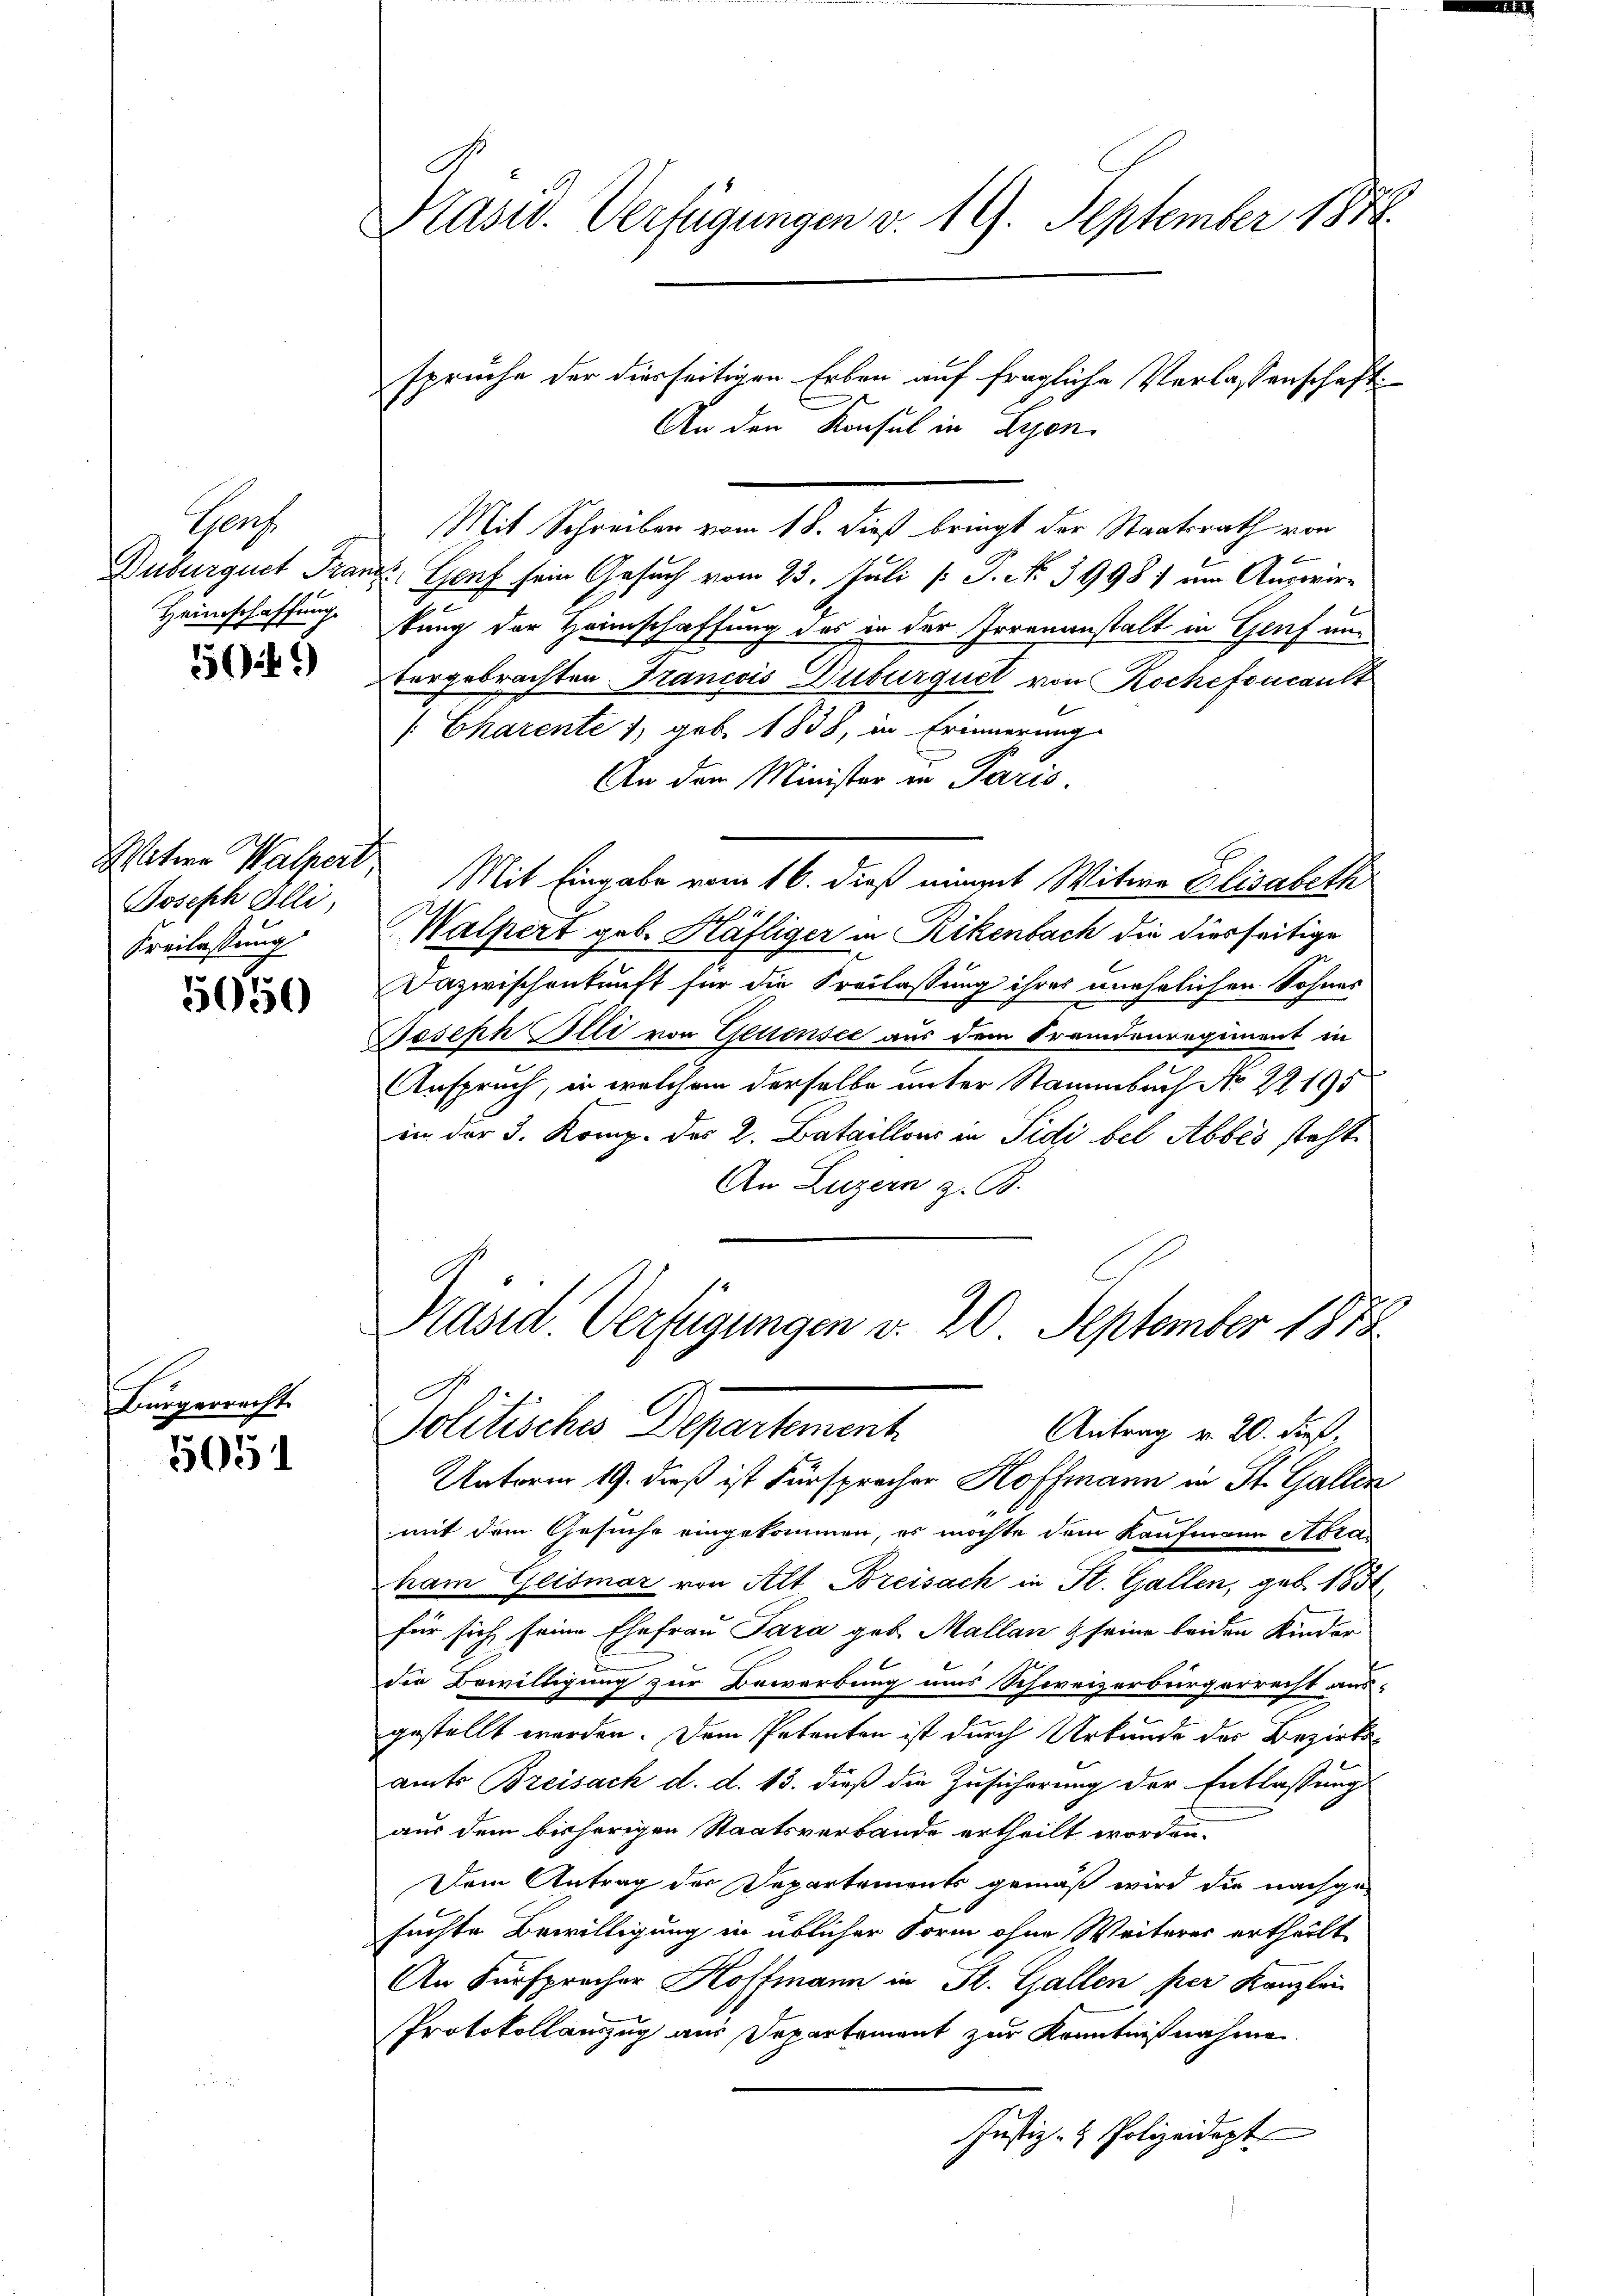
Gerz
Duburguet Fra
Heimschaffung.

509

Mitere Walpert
Joseph Illi,
Freilassung

5050

Bürgerrecht.

5051

Präsid. Verfügungen v. 19. September 1874.

spruche der diesseitigen Erben auf fragliche Verlassenschaft
An den Konsul in Lyon
Mit Schreiben vom 18. dieß bringt der Staatsrath von
 Genf sein Gesuch vom 23. Juli [ P. No. 3998) am Auswirtung der Hannschaffung des in der Irrenanstalt in Genf untergebrachten Francois Duburquet von Rochefoncant
[Charente 1, geb. 1838, in Erinnerung
An dem Minister in Paris
Mit Eingabe vom 16. dieß nimmt Witwe Elisabeth
Walpert geb. Häfliger in Rikenbach die diesseitige
Dazwischenkunft für die Freilassung ihres unehelichen Sohnes
Joseph Illi von Gestensee aus dem Fremdenregiment in
Anspruch, in welchem derselbe unter Stammbach No 22195
in der 3. Komp. des 2. Bataillons in Sidi bel Abbes steht.
An Luzern z. B.
Präsid Verfügungen v. 20. September 1888
Politische Departement
Antrag v. 20. dieß,
Unterm 19. dieß ist Fürspracher Hoffmann in St. Gallen
mit dem Gesuche eingekommen, es möchte dem Kaufmann Abra
ham Geismar von Alt Breisach in St. Gallen, geb. 183
für sich seine Ehefrau Para geb. Mallan & seine beiden Kinder
der Bewilligung zur Bewerbung uns Schweizerbürgerrecht aus-
gestellt werden. Dem Petenten ist durch Urkunde der Bezirksamts Breisach d. d. 13. dieß die Zusicherung der Entlassung
aus dem bisherigen Staatsverbande ertheilt worden.
Dem Antrag der Departemonts gemäß wird die nachge-
suchte Bewilligung in üblicher Form ohne Weiteres ertheilt,
An Fürsprocher Hoffmann in St. Gallen per Kanzlei
Protokollauszug aus Departement zur Kenntnißnahme
Justiz- & Polizeidept